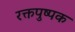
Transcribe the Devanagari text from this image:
रक्तपुष्पक